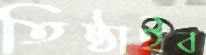
তিষ্ঠাইব